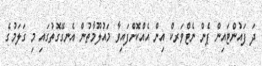
ދަ ފައުންޓައިން ޕެން ނެޓްވަރކް އިން އެއްކޮށްފައިވާ މައުލޫމާތުން އެނގޭގޮތުގައި މި ގަލަމުގެ